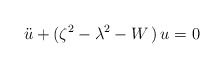
\begin{align*}\ddot{u}+(\zeta ^{2}-\lambda ^{2}-W\,)\,u=0\end{align*}